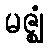
မဇ္ဈံ